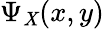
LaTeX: \Psi_{\mathit{X}}(x,y)